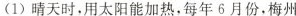
(1)晴天时，用太阳能加热，每年6月份，梅州